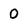
Character: 0